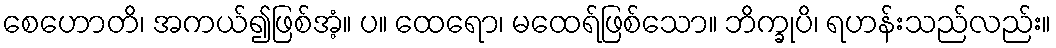
စေဟောတိ၊ အကယ်၍ဖြစ်အံ့။ ပ။ ထေရော၊ မထေရ်ဖြစ်သော။ ဘိက္ခုပိ၊ ရဟန်းသည်လည်း။